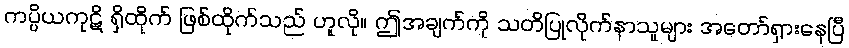
ကပ္ပိယကုဋိ ရှိထိုက် ဖြစ်ထိုက်သည် ဟူလို။ ဤအချက်ကို သတိပြုလိုက်နာသူများ အတော်ရှားနေပြီ